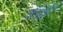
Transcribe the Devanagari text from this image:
क्रोट्टी